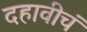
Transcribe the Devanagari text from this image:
दहावीचं